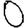
Digit: 0